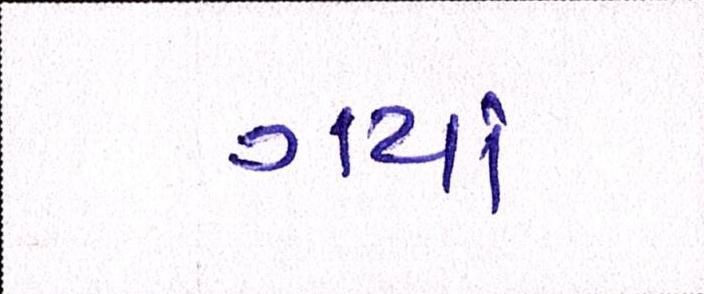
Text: ગયાં